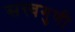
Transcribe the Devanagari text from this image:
सत्त्वगुणी